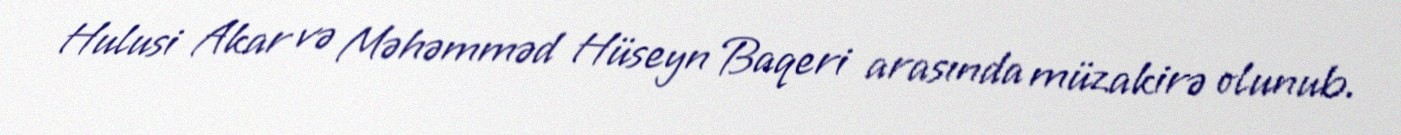
Hulusi Akar və Məhəmməd Hüseyn Baqeri arasında müzakirə olunub.